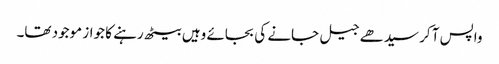
واپس آ کر سیدھے جیل جانے کی بجائے وہیں بیٹھ رہنے کا جواز موجود تھا۔